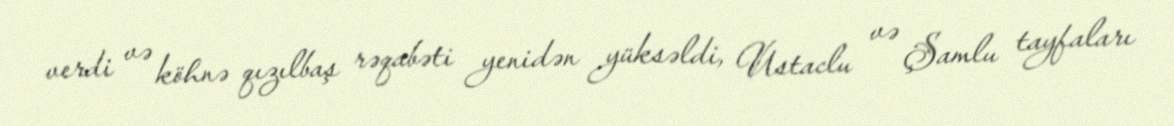
verdi və köhnə qızılbaş rəqabəti yenidən yüksəldi, Ustaclu və Şamlu tayfaları